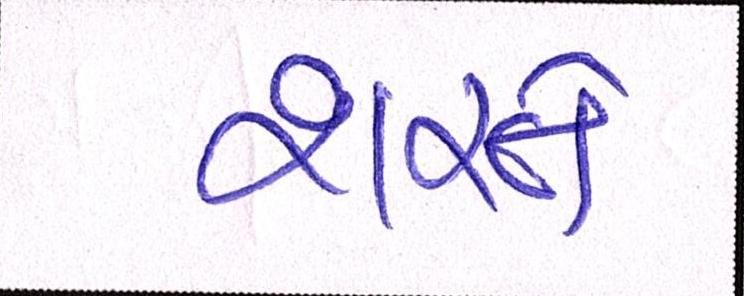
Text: શરતે